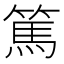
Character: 篤